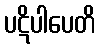
ပဋိပါပေတိ